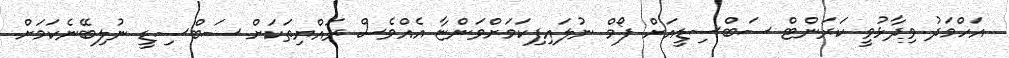
އަހްމަދު ވިދާޅުވީ ކަރަންޓް ސަބްސިޑީއަށް ފޯމް ނުލައިފިކަމަށްވަންޏާ އެއްވެސް ރައްޔިތަކަށް ސަބްސިޑީ ނުލިބޭނެކަމަށް